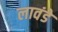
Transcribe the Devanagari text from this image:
लावंडे